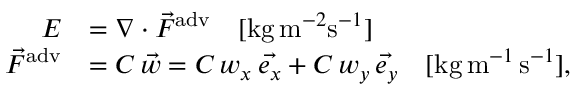
\begin{array} { r l } { E } & { = \nabla \cdot \vec { F } ^ { \mathrm { a d v } } \quad [ \mathrm { k g } \, \mathrm { m } ^ { - 2 } \mathrm { s } ^ { - 1 } ] } \\ { \vec { F } ^ { \mathrm { a d v } } } & { = C \, \vec { w } = C \, w _ { x } \, \vec { e _ { x } } + C \, w _ { y } \, \vec { e _ { y } } \quad [ \mathrm { k g } \, \mathrm { m } ^ { - 1 } \, \mathrm { s } ^ { - 1 } ] , } \end{array}